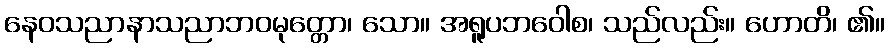
နေဝသညာနာသညာဘဝမုတ္တော၊ သော။ အရူပဘဝေါစ၊ သည်လည်း။ ဟောတိ၊ ၏။